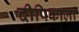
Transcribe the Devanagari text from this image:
दीपिकाला